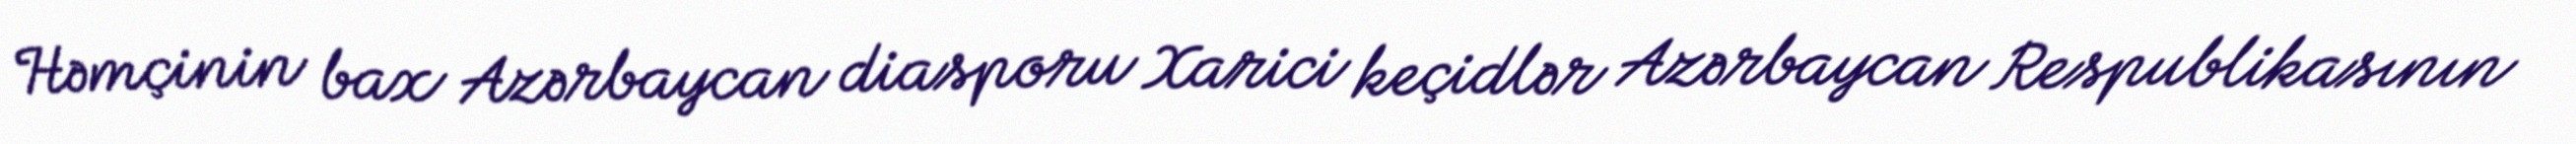
Həmçinin bax Azərbaycan diasporu Xarici keçidlər Azərbaycan Respublikasının